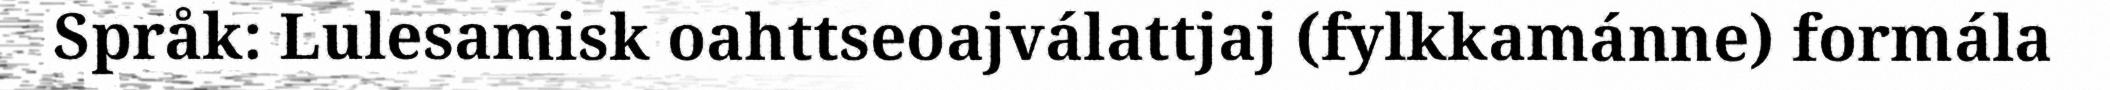
Språk: Lulesamisk oahttseoajválattjaj (fylkkamánne) formála